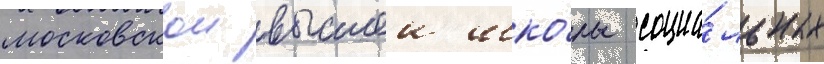
московскои высшеи шко́лы социа́льных